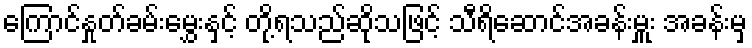
ကြောင်နှုတ်ခမ်းမွှေးနှင့် တို့ရသည်ဆိုသဖြင့် သီရိဆောင်အခန်းမှူး အခန်းမှ